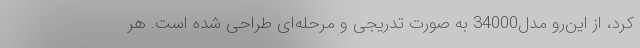
کرد، از این‌رو مدل34000 به صورت تدریجی و مرحله‌ای طراحی شده است. هر